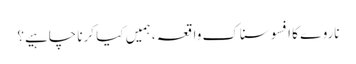
ناروے کا افسوسناک واقعہ ، ہمیں کیا کرنا چاہیے؟